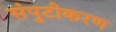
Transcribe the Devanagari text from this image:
संपुटीकरण